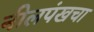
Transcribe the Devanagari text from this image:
नीलपंखचा